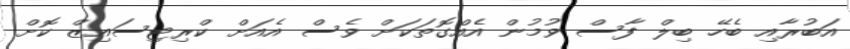
އަބުރާއި ބެހޭ ބިލް ފާސް ވުމުން އެއްގޮތަކަށް ވެސް އެއަށް ކްރިޓިސައިޒް ކޮށް